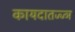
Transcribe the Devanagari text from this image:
कायदातज्ज्ञ